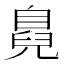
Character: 𮍜